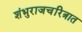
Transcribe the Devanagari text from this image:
शंभुराजचरित्रात